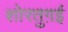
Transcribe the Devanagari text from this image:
शोरतुग़ई